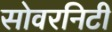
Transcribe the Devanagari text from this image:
सोवरनिटी